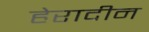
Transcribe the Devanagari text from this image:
हेरादीन